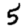
Digit: 5